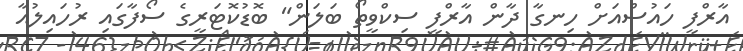
އާރްފީ ހައުސްއަށް ހިނގާ ދާން އާރްފީ ސިކްވީތޯ ބަލަން" ބޮޑުކޮޓަރީގެ ސޯފާގައި ރުހައިލުއާ